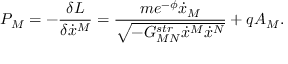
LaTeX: P _ { M } = - { \frac { \delta L } { \delta \dot { x } ^ { M } } } = { \frac { m e ^ { - \phi } \dot { x } _ { M } } { \sqrt { - G _ { M N } ^ { s t r } \dot { x } ^ { M } \dot { x } ^ { N } } } } + q A _ { M } .